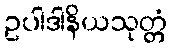
ဥပါဒါနိယသုတ္တံ